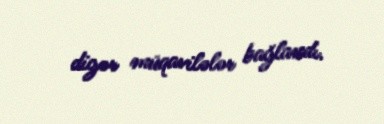
digər müqavilələr bağlandı.